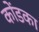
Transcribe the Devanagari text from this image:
कोंडका